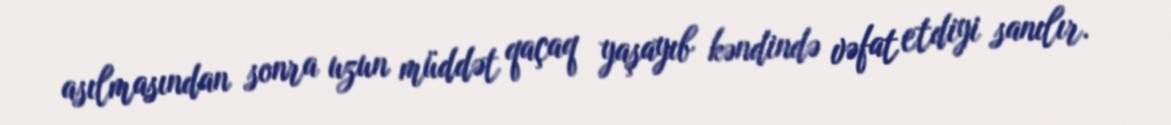
asılmasından sonra uzun müddət qaçaq yaşayıb kəndində vəfat etdiyi sanılır.